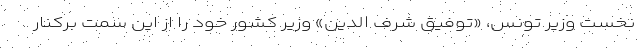
نخست وزیر تونس، «توفیق شرف الدین» وزیر کشور خود را از این سمت برکنار